Civil Veterinary Dept. North-West Frontier Province 1901-22 - 1901-1922
Year: 1901
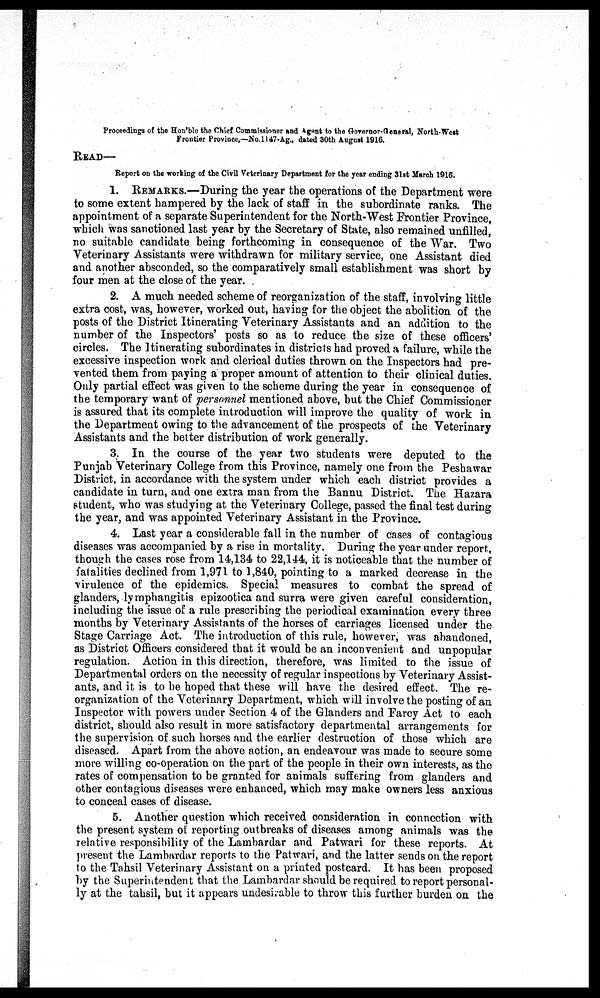
Proceedings of the Hon'ble the Chief Commissioner and Agent to the Governor-General, North-West
Frontier Province,—No. 1147-Ag., dated 30th August 1916.
READ—
Report on the working of the Civil Veterinary Department for the year ending 31st March 1916.
1. REMARKS.—During the year the operations of the Department were
to some extent hampered by the lack of staff in the subordinate ranks. The
appointment of a separate Superintendent for the North-West Frontier Province,
which was sanctioned last year by the Secretary of State, also remained unfilled,
no suitable candidate being forthcoming in consequence of the War. Two
Veterinary Assistants were withdrawn for military service, one Assistant died
and another absconded, so the comparatively small establishment was short by
four men at the close of the year.
2. A much needed scheme of reorganization of the staff, involving little
extra cost, was, however, worked out, having for the object the abolition of the
posts of the District Itinerating Veterinary Assistants and an addition to the
number of the Inspectors' posts so as to reduce the size of these officers'
circles. The Itinerating subordinates in districts had proved a failure, while the
excessive inspection work and clerical duties thrown on the Inspectors had pre-
vented them from paying a proper amount of attention to their clinical duties.
Only partial effect was given to the scheme during the year in consequence of
the temporary want of personnel mentioned above, but the Chief Commissioner
is assured that its complete introduction will improve the quality of work in
the Department owing to the advancement of the prospects of the Veterinary
Assistants and the better distribution of work generally.
3. In the course of the year two students were deputed to the
Punjab Veterinary College from this Province, namely one from the Peshawar
District, in accordance with the system under which each district provides a
candidate in turn, and one extra man from the Bannu District. The Hazara
student, who was studying at the Veterinary College, passed the final test during
the year, and was appointed Veterinary Assistant in the Province.
4. Last year a considerable fall in the number of cases of contagious
diseases was accompanied by a rise in mortality. During the year under report,
though the cases rose from 14,134 to 22,144, it is noticeable that the number of
fatalities declined from 1,971 to 1,840, pointing to a marked decrease in the
virulence of the epidemics. Special measures to combat the spread of
glanders, lymphangitis epizootica and surra were given careful consideration,
including the issue of a rule prescribing the periodical examination every three
months by Veterinary Assistants of the horses of carriages licensed under the
Stage Carriage Act. The introduction of this rule, however, was abandoned,
as District Officers considered that it would be an inconvenient and unpopular
regulation. Action in this direction, therefore, was limited to the issue of
Departmental orders on the necessity of regular inspections by Veterinary Assist-
ants, and it is to be hoped that these will have the desired effect. The re-
organization of the Veterinary Department, which will involve the posting of an
Inspector with powers under Section 4 of the Glanders and Farcy Act to each
district, should also result in more satisfactory departmental arrangements for
the supervision of such horses and the earlier destruction of those which are
diseased. Apart from the above action, an endeavour was made to secure some
more willing co-operation on the part of the people in their own interests, as the
rates of compensation to be granted for animals suffering from glanders and
other contagious diseases were enhanced, which may make owners less anxious
to conceal cases of disease.
5. Another question which received consideration in connection with
the present system of reporting outbreaks of diseases among animals was the
relative responsibility of the Lambardar and Patwari for these reports. At
present the Lambardar reports to the Patwari, and the latter sends on the report
to the Tahsil Veterinary Assistant on a printed postcard. It has been proposed
by the Superintendent that the Lambardar should be required to report personal-
ly at the tahsil, but it appears undesirable to throw this further burden on the